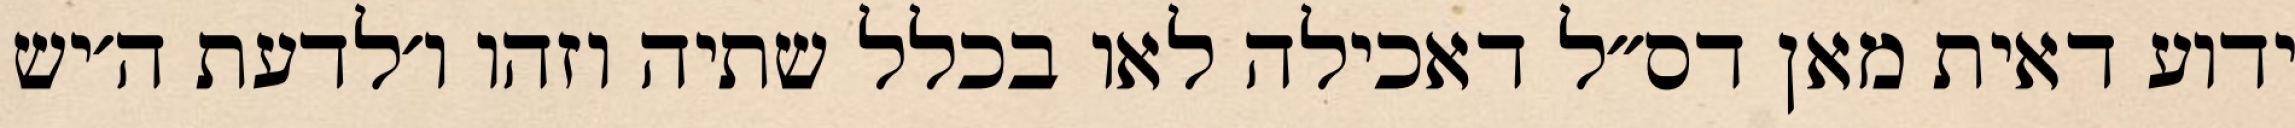
ידוע דאית מאן דס״ל דאכילה לאו בכלל שתיה וזהו ו׳לדעת ה׳יש